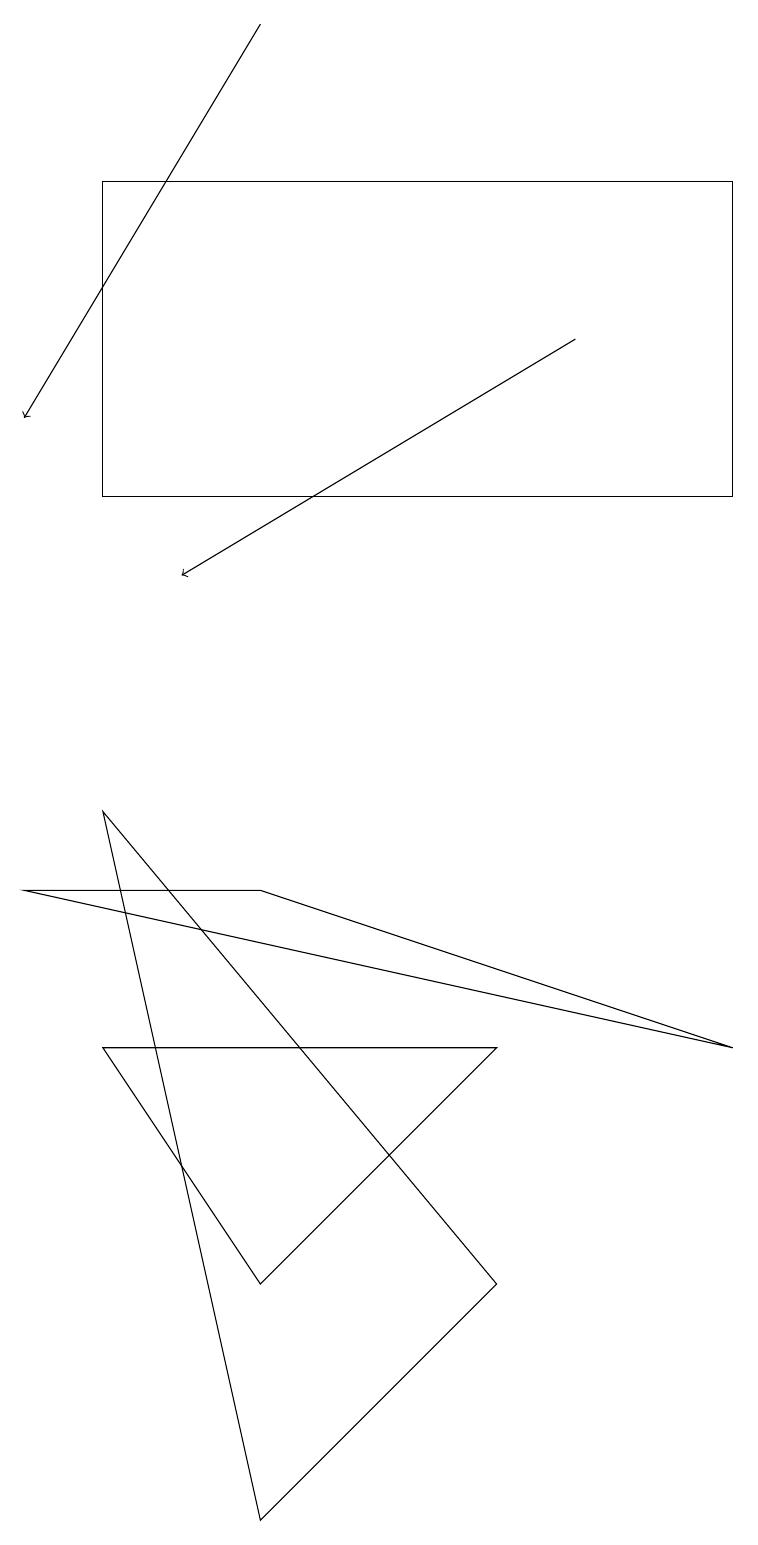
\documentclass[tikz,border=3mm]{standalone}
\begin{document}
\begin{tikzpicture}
\draw (3,0) -- (6,3) -- (1,9) -- cycle;
\draw (1,13) rectangle (9,17);
\draw (6,6) -- (3,3) -- (1,6) -- cycle;
\draw[->] (7,15) -- (2,12);
\draw (3,8) -- (9,6) -- (0,8) -- cycle;
\draw[->] (3,19) -- (0,14);
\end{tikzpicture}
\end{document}